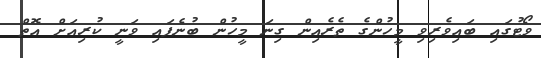
ވޯޓުގައި ބައިވެރިވި މީހުންގެ ތެރެއިން ގިނަ މީހުން ބުނެފައި ވަނީ ކުރިއަށް އޮތް